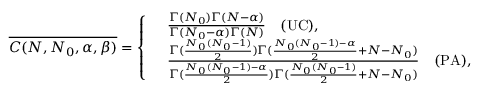
\overline { { C ( N , N _ { 0 } , \alpha , \beta ) } } = \left\{ \begin{array} { r l } & { \frac { \Gamma ( N _ { 0 } ) \Gamma ( N - \alpha ) } { \Gamma ( N _ { 0 } - \alpha ) \Gamma ( N ) } \quad \mathrm { ( U C ) } , } \\ & { \frac { \Gamma ( \frac { N _ { 0 } ( N _ { 0 } - 1 ) } { 2 } ) \Gamma ( \frac { N _ { 0 } ( N _ { 0 } - 1 ) - \alpha } { 2 } + N - N _ { 0 } ) } { \Gamma ( \frac { N _ { 0 } ( N _ { 0 } - 1 ) - \alpha } { 2 } ) \Gamma ( \frac { N _ { 0 } ( N _ { 0 } - 1 ) } { 2 } + N - N _ { 0 } ) } \quad \mathrm { ( P A ) } , } \end{array} \right.